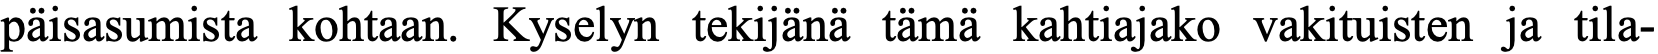
päisasumista kohtaan. Kyselyn tekijänä tämä kahtiajako vakituisten ja tila-